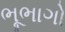
ભૂભાગો